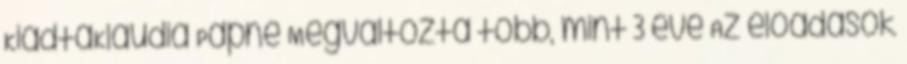
KiadtaKlaudia Papné Megváltozta több, mint 3 éve Az előadások